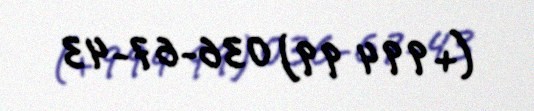
(+994 99) 036-67-43